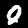
Digit: 0